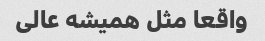
واقعا مثل همیشه عالی